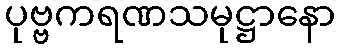
ပုဗ္ဗကရဏသမုဋ္ဌာနော